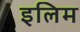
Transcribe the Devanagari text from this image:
इलिम